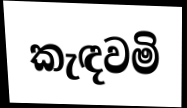
කැඳවමි